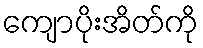
ကျောပိုးအိတ်ကို